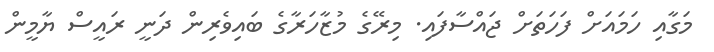
މަގާއި ހަމައަށް ފަހަތަށް ޖައްސާފައި. މިރޭގެ މުޒާހަރާގެ ބައިވެރިން ދަނީ ރައީސް ޔާމީން